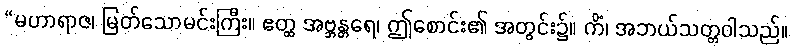
“မဟာရာဇ၊ မြတ်သောမင်းကြီး။ ဧတ္ထ အဗ္ဘန္တရေ၊ ဤစောင်း၏ အတွင်း၌။ ကိံ၊ အဘယ်သတ္တဝါသည်။